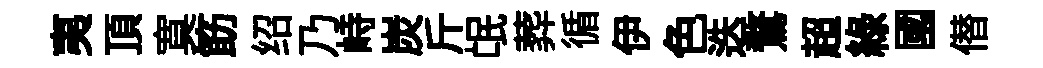
夷頂寞筯绍乃峙炭斤氓葬循伊色迭鶩超緑國僣